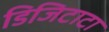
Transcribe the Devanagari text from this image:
डिजिटाटा